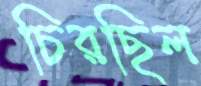
চিরছিল